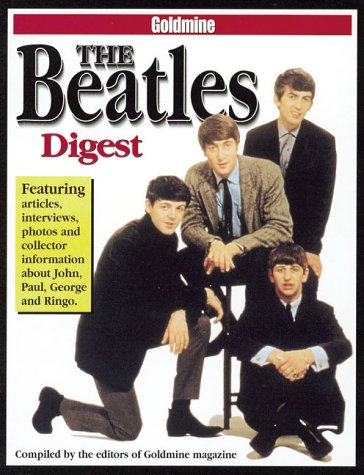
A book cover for Goldmine the Beatles Digest; Crafts, Hobbies & Home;